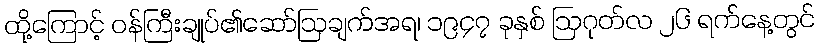
ထို့ကြောင့် ဝန်ကြီးချုပ်၏ဆော်ဩချက်အရ၊ ၁၉၄၇ ခုနှစ် ဩဂုတ်လ ၂၆ ရက်နေ့တွင်